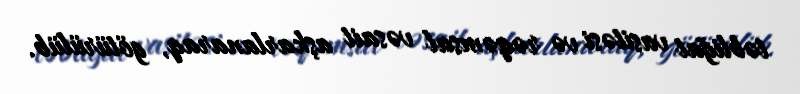
təbliğat vasitəsi və rəqəmsal vəsait aşkarlanaraq, götürülüb.